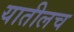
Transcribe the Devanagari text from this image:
यातीलच